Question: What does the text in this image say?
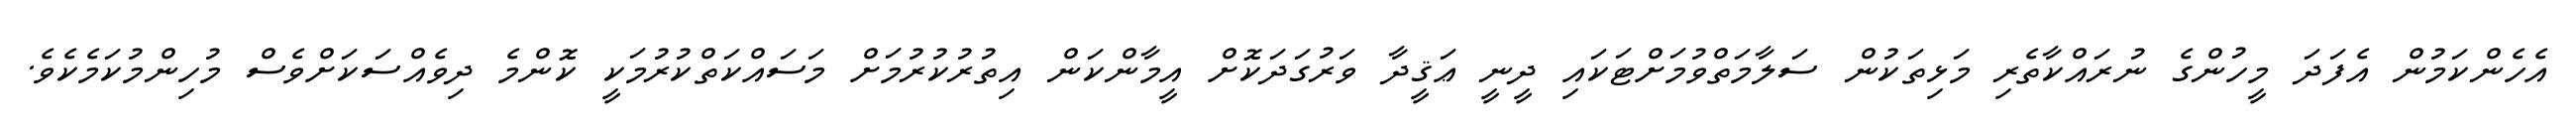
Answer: އެހެންކަމުން އެފަދަ މީހުންގެ ނުރައްކާތެރި މަޅިތަކުން ސަލާމަތްވުމަށްޓަކައި ދީނީ ޢަޤީދާ ވަރުގަދަކޮށް އީމާންކަން އިތުރުކުރުމަށް މަސައްކަތްކުރުމަކީ ކޮންމެ ދިވެއްސަކަށްވެސް މުހިންމުކަމެކެވެ.